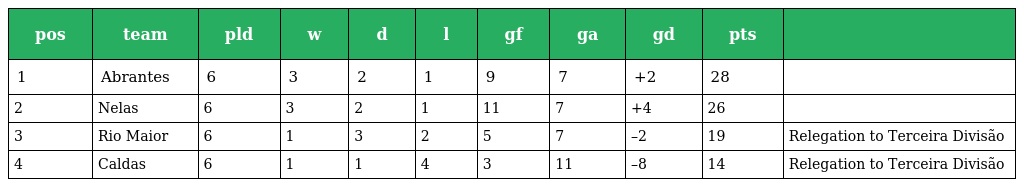
| pos | team | pld | w | d | l | gf | ga | gd | pts |  |
 | --- | --- | --- | --- | --- | --- | --- | --- | --- | --- | --- |
 | 1 | Abrantes | 6 | 3 | 2 | 1 | 9 | 7 | +2 | 28 |  |
 | 2 | Nelas | 6 | 3 | 2 | 1 | 11 | 7 | +4 | 26 |  |
 | 3 | Rio Maior | 6 | 1 | 3 | 2 | 5 | 7 | –2 | 19 | Relegation to Terceira Divisão |
 | 4 | Caldas | 6 | 1 | 1 | 4 | 3 | 11 | –8 | 14 | Relegation to Terceira Divisão |